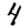
Digit: 4